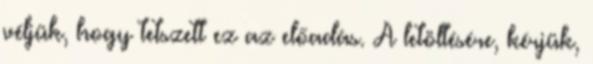
véljük, hogy tetszett ez az előadás. A letöltésére, kérjük,